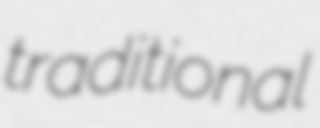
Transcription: traditional